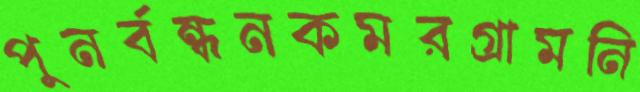
পুনর্বন্ধনকমরগ্রামনি